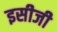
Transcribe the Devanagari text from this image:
इसीजी